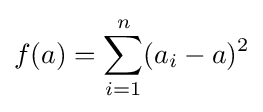
f(a)=\sum _{i=1}^{n}(a_{i}-a)^{2}